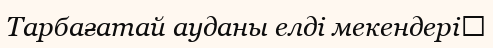
Тарбағатай ауданы елді мекендері‎